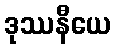
ဒုဿနီယေ